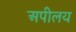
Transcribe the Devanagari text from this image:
अपीलय